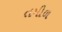
તમીળ